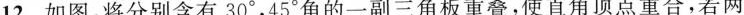
12.如图，将分别含有30°，45°角的一副三角板重叠，使直角顶点重合，若两